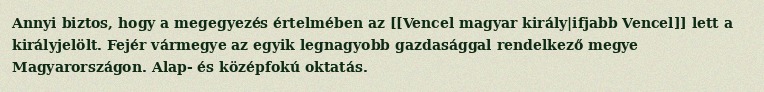
Annyi biztos, hogy a megegyezés értelmében az [[Vencel magyar király|ifjabb Vencel]] lett a királyjelölt. Fejér vármegye az egyik legnagyobb gazdasággal rendelkező megye Magyarországon. Alap- és középfokú oktatás.